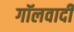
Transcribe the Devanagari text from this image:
गॉलवादी